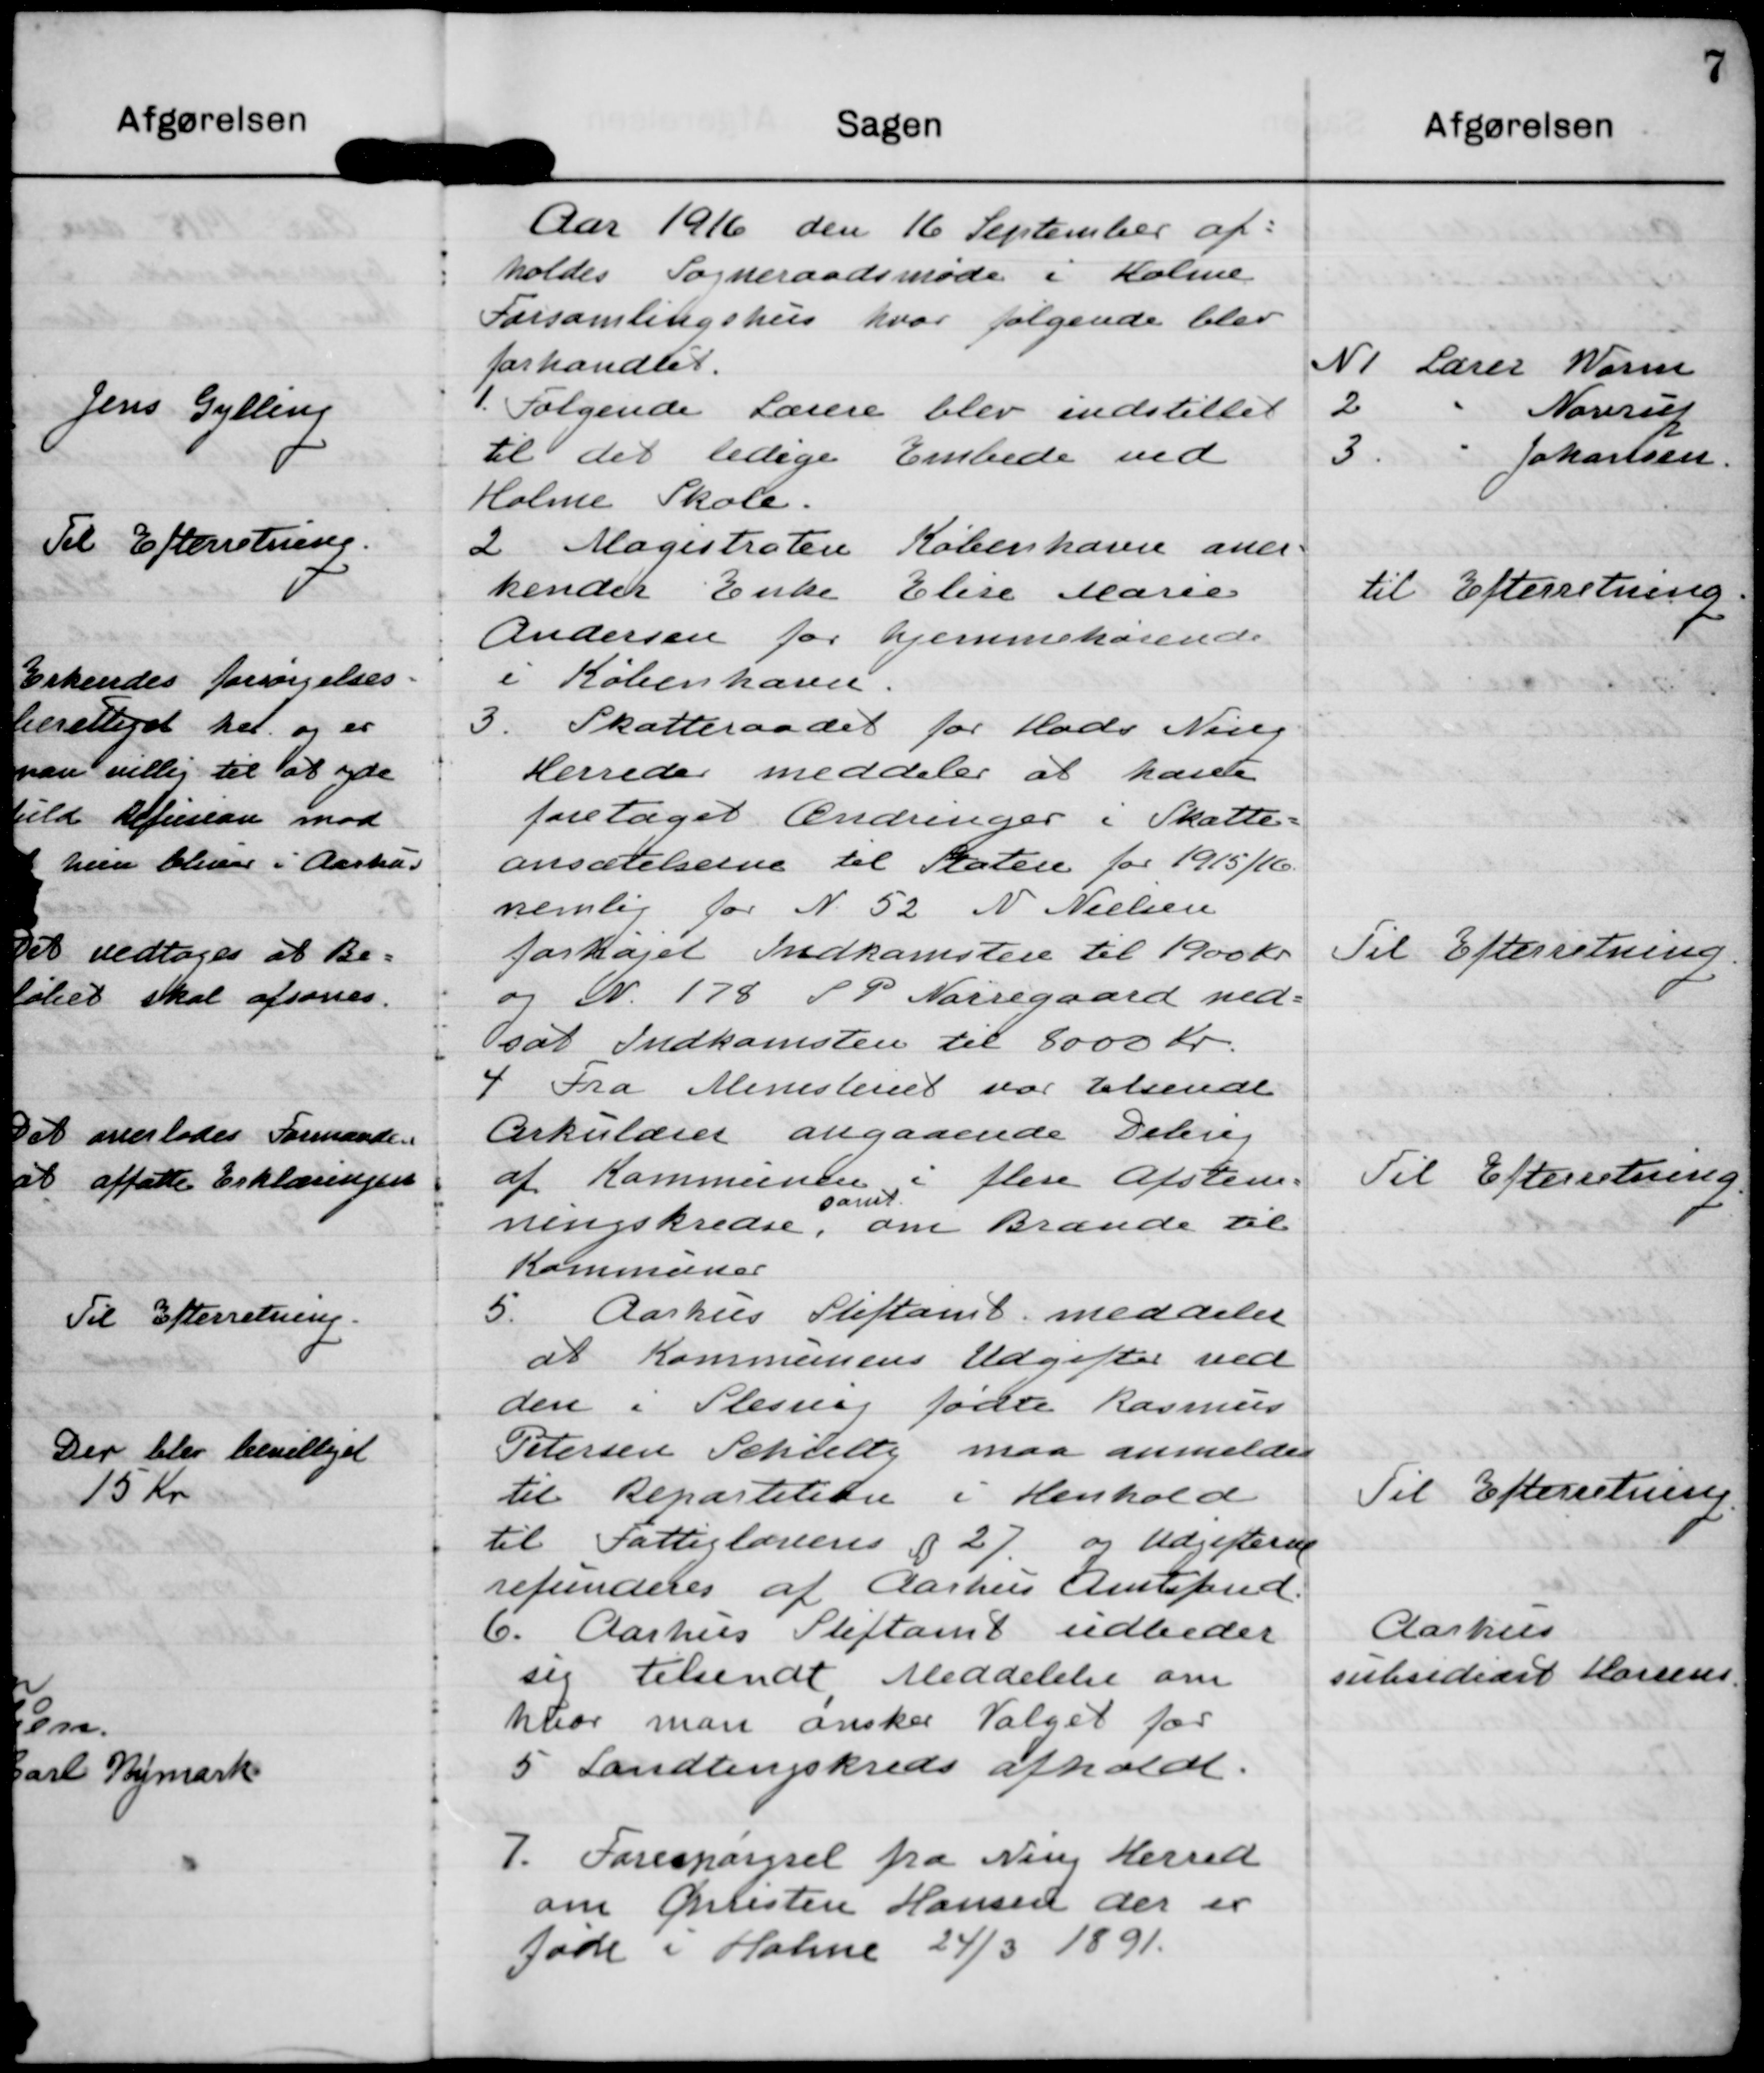
Transskription:
Aar 1916 den 16 september af=
holdes Sogneraadsmøde i Holme
Forsamlingshus hvor følgende blev
forhandlet

N1 Lærer Worm
2 - Novrup
3 - Johansen

1. Følgende Lærere blev indstillet
til det ledige Embede ved
Holme Skole.

2. Magistraten København aner=
kender Enke Elise Marie
Andersen for hjemmehørende
i København.

Til Efterretning.

3. Skatteraadet for Hads Ning
Herreder meddeler at have
foretaget Ændringer i Skatte=
ansætelserne til Staten for 1915/16.
nemlig for N 52 N Nielsen
forhøjet Indkomsten til 1900 kr
og N 178 S P Nørregaard ned-
sat Indkomsten til 8000 Kr.

Til Efterretning.

4 Fra Ministeriet var tilsendt
Cirkulærer angaaende Deling
af Kommunen i flere Afstem-
ningskredse, 
samt
om Brænde til 
Kommuner.

Til Efterretning.

5. Aarhus Stiftamt meddeler
at Kommunens Udgifter ved
den i Slesvig fødte Rasmus
Petersen Schielty maa anmeldes
til Repartition i Henhold
til Fattiglovens § 27 og udgifterne
refunderes af Aarhus Amtsfond.

Til Efterretning.

6. Aarhus Stiftamt udbeder
sig tilsendt Meddelelse om
hvor man ønsker Valget for
5 Landtingskreds afholdt.

Aarhus
subsidiært Horsens

7. Forespørgsel fra Ning Herred
om Christen Hansen der er
født i Holme 24/3 1891.